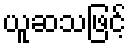
ယူဆသဖြင့်